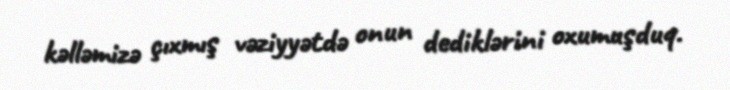
kəlləmizə çıxmış vəziyyətdə onun dediklərini oxumuşduq.